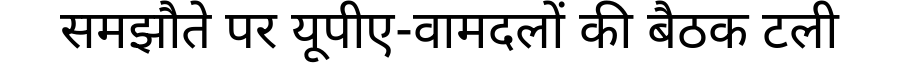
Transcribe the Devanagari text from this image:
समझौते पर यूपीए-वामदलों की बैठक टली